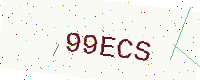
Text: 99ECS